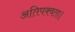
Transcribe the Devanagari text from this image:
अतिपक्वता।